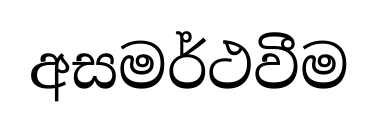
අසමර්ථවීම